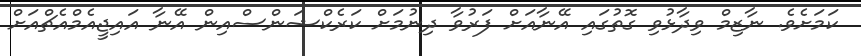
ކަމަށެވެ. ނާޒިމް ވިދާޅުވި ގޮތުގައި އޭނާއަށް ފަރުވާ ދިނުމަށް ކަރެކްޝަންސްއިން އޭނާ އައިޖީއެމްއެޗްއަށް